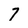
Character: 7